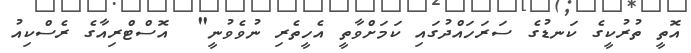
އޮތީ ތުރުކީގެ ކަނޑުގެ ސަރަހައްދުގައި ކަމަށްވާތީ އެހީތެރި ނުވެވުނީ"  އޮސްޓްރިއާގެ ރެސްކިއު